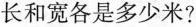
长和宽各是多少米?